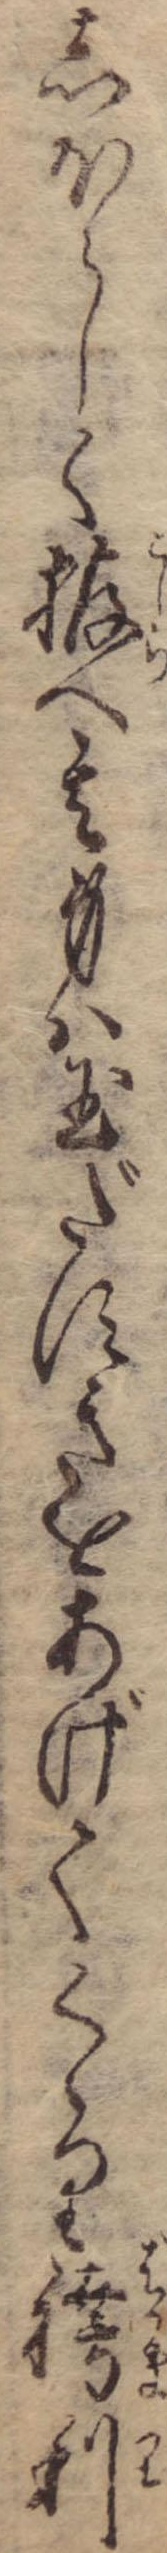
しほらしく拵へ其身は玉だすきをあげてくゝり袴利